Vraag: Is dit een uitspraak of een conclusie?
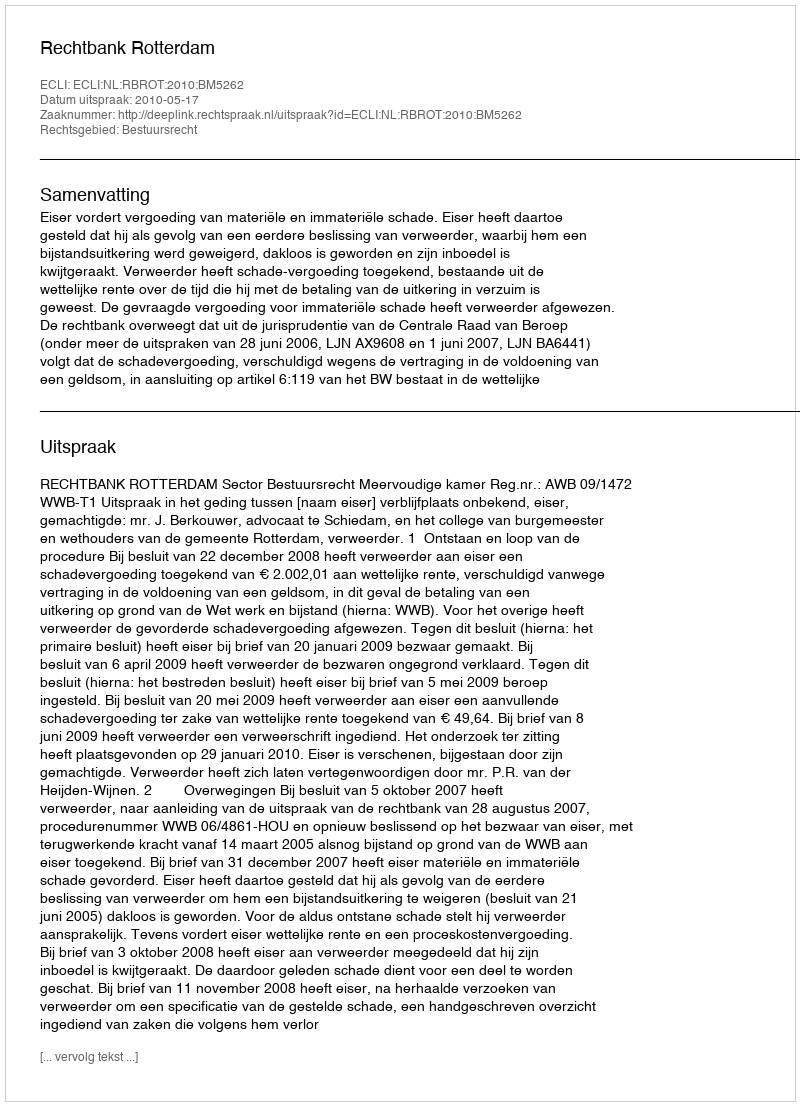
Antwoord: Uitspraak